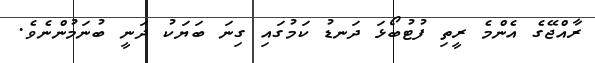
ރާއްޖޭގެ އެންމެ ރީތި ފުޓުބޯޅަ ދަނޑު ކަމުގައި ގިނަ ބަޔަކު ދަނީ ބުނަމުންނެވެ.